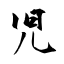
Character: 児